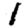
Digit: 1